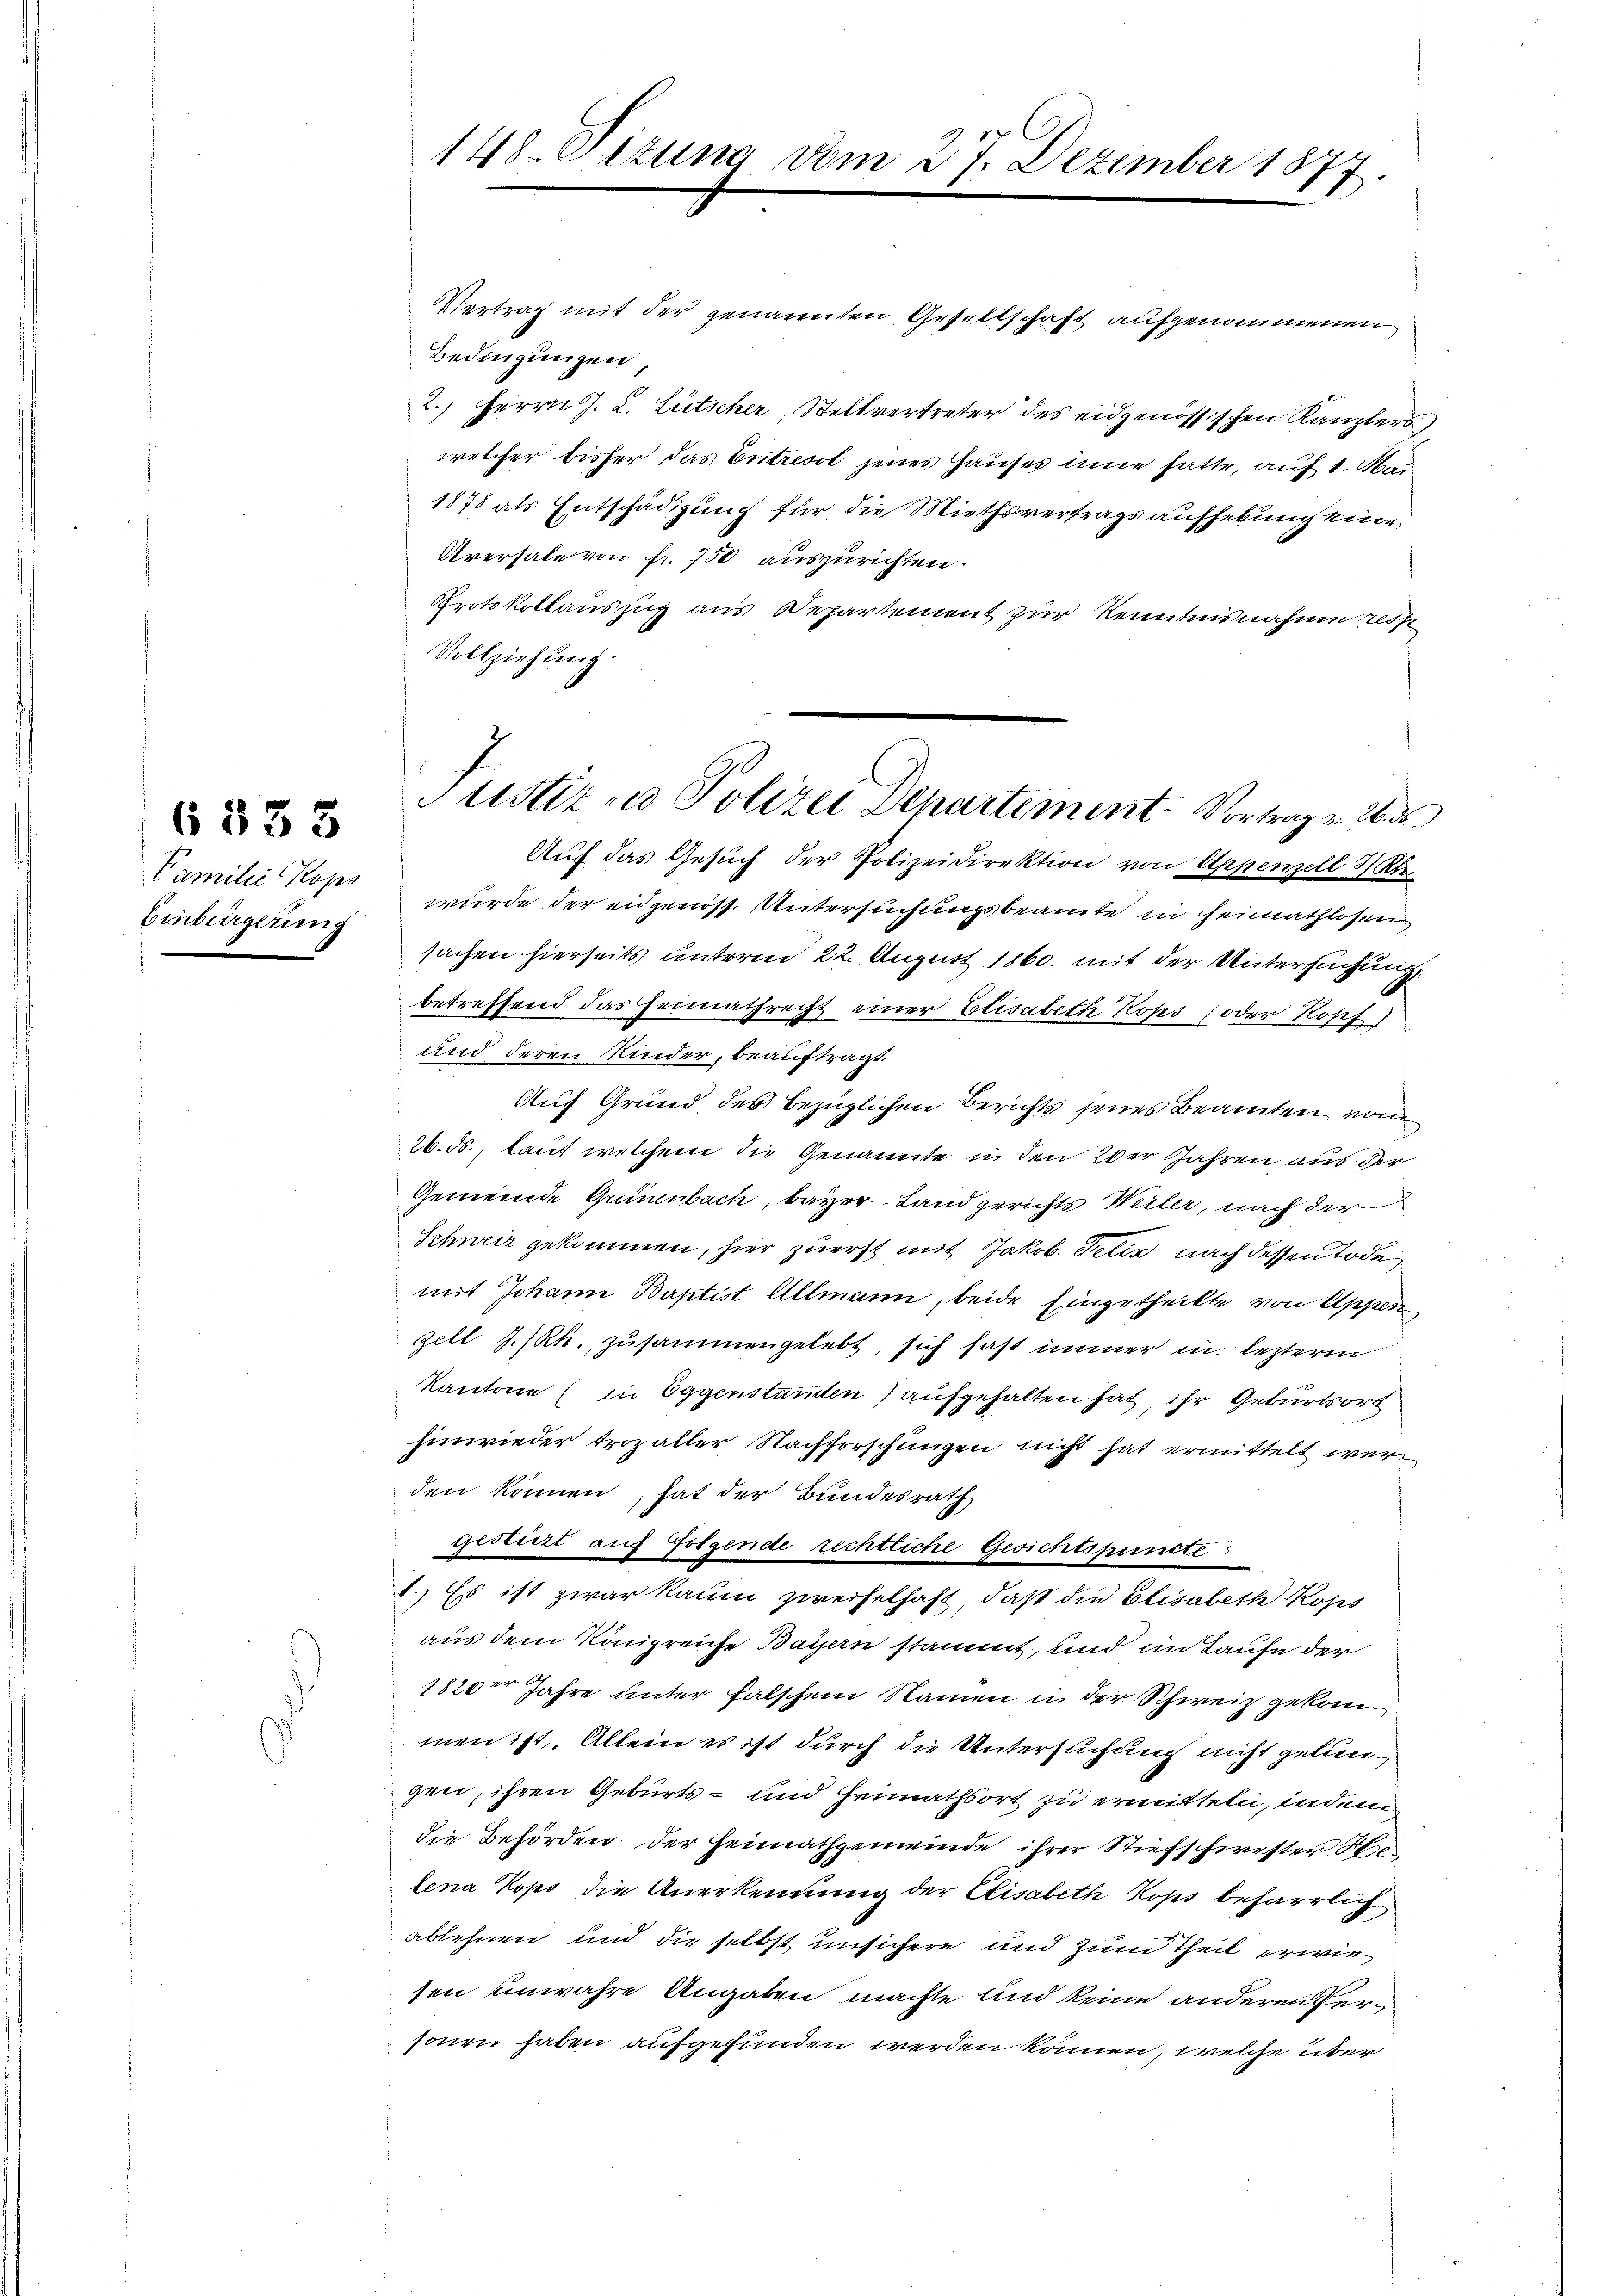
Familie Kops
Einbürgerung

6833

148. Eitung vom 27. Dezember 1877

Vertrag mit der genannten Gesellschaft aufgenommenen
Bedingungen
2.) Herrn J. L. Litscher, Stellvertreter des eidgenössischen Kanzlers
welcher bisher das Entresol jenes Hauses inne hatte, auf 1. Mai
1878 als Entschädigung für die Miethsvertrags aufhebung eine
Aversale von fr. 750 auszurichten.
Protokollauszug aus Departement zur Kenntnisnahme resp
Vollziehung.
Auf das Gesuch der Polizeidirektion von Appenzell I/Rh.
wurde der eidgenöss. Untersuchungsbeamte in Heimathlosen
sachen hierseits unterm 22. August 1860. mit der Untersuchung
betreffend das Heimathrecht einer Elisabeth Kops (oder Kopf
und deren Kinder, beauftragt.
Auf Grund des bezüglichen Berichts jenes Beamten vom
26. ds., lauf welchem die Genannte in den Wer Jahren aus der
Gemeinde Guinenbach, bayer Land gerichts Weiler, nach der
Schweiz gekommen, hier zuerst mit Jakob. Felix nach dessen Tode
mit Johann Baptist Allmann, beide Eingetheilte von Appen
zell I/Rh. zusammengelebt, sich fast immer in lezterm
Kantone (in Eggenstanden) aufgehalten hat, ihr Geburtsort
hinwieder troz aller Nachforschungen nicht hat ermittelt werden können, hat der Bundesrath
gestirt auch Folgende rechtliche Gesichtspuncte
1.) Es ist zwar kaum zweifelhaft, daß die Elisabeth Kop
aus dem Königreiche Bayern stammt, und im Laufe der
1820 Jahre unter falschem Namen in der Schweiz gekom
men ist. Allein es ist durch die Untersuchung nicht gelungen, ihren Geburts- und Hennathsort zu ermitteln, indem
die Behörden der Heimathgemeinde ihrer Stiefschwester Helena Kops die Anerkennung der Elisabeth Kops beharrlich
ablehnen und die selbst unsichere und zum Theil erwiesen unwahre Angaben machte und keine anderen Personen haben aufgefunden werden können, welche über

Justiz - Polizei Departement. Vortrag v. 26. d